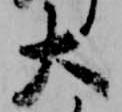
大